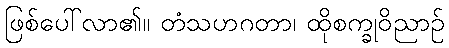
ဖြစ်ပေါ်လာ၏။ တံသဟဂတာ၊ ထိုစက္ခုဝိညာဉ်